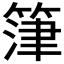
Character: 𮵷